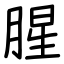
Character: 腥